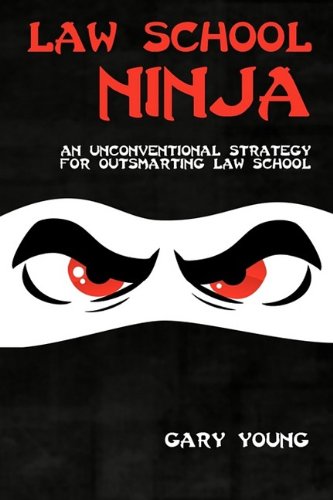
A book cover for Law School Ninja; Gary Young; Education & Teaching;